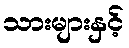
သားများနှင့်